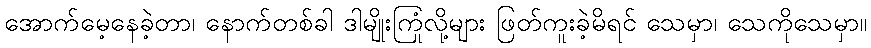
အောက်မေ့နေခဲ့တာ၊ နောက်တစ်ခါ ဒါမျိုးကြုံလို့များ ဖြတ်ကူးခဲ့မိရင် သေမှာ၊ သေကိုသေမှာ။